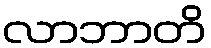
လာဘာတိ